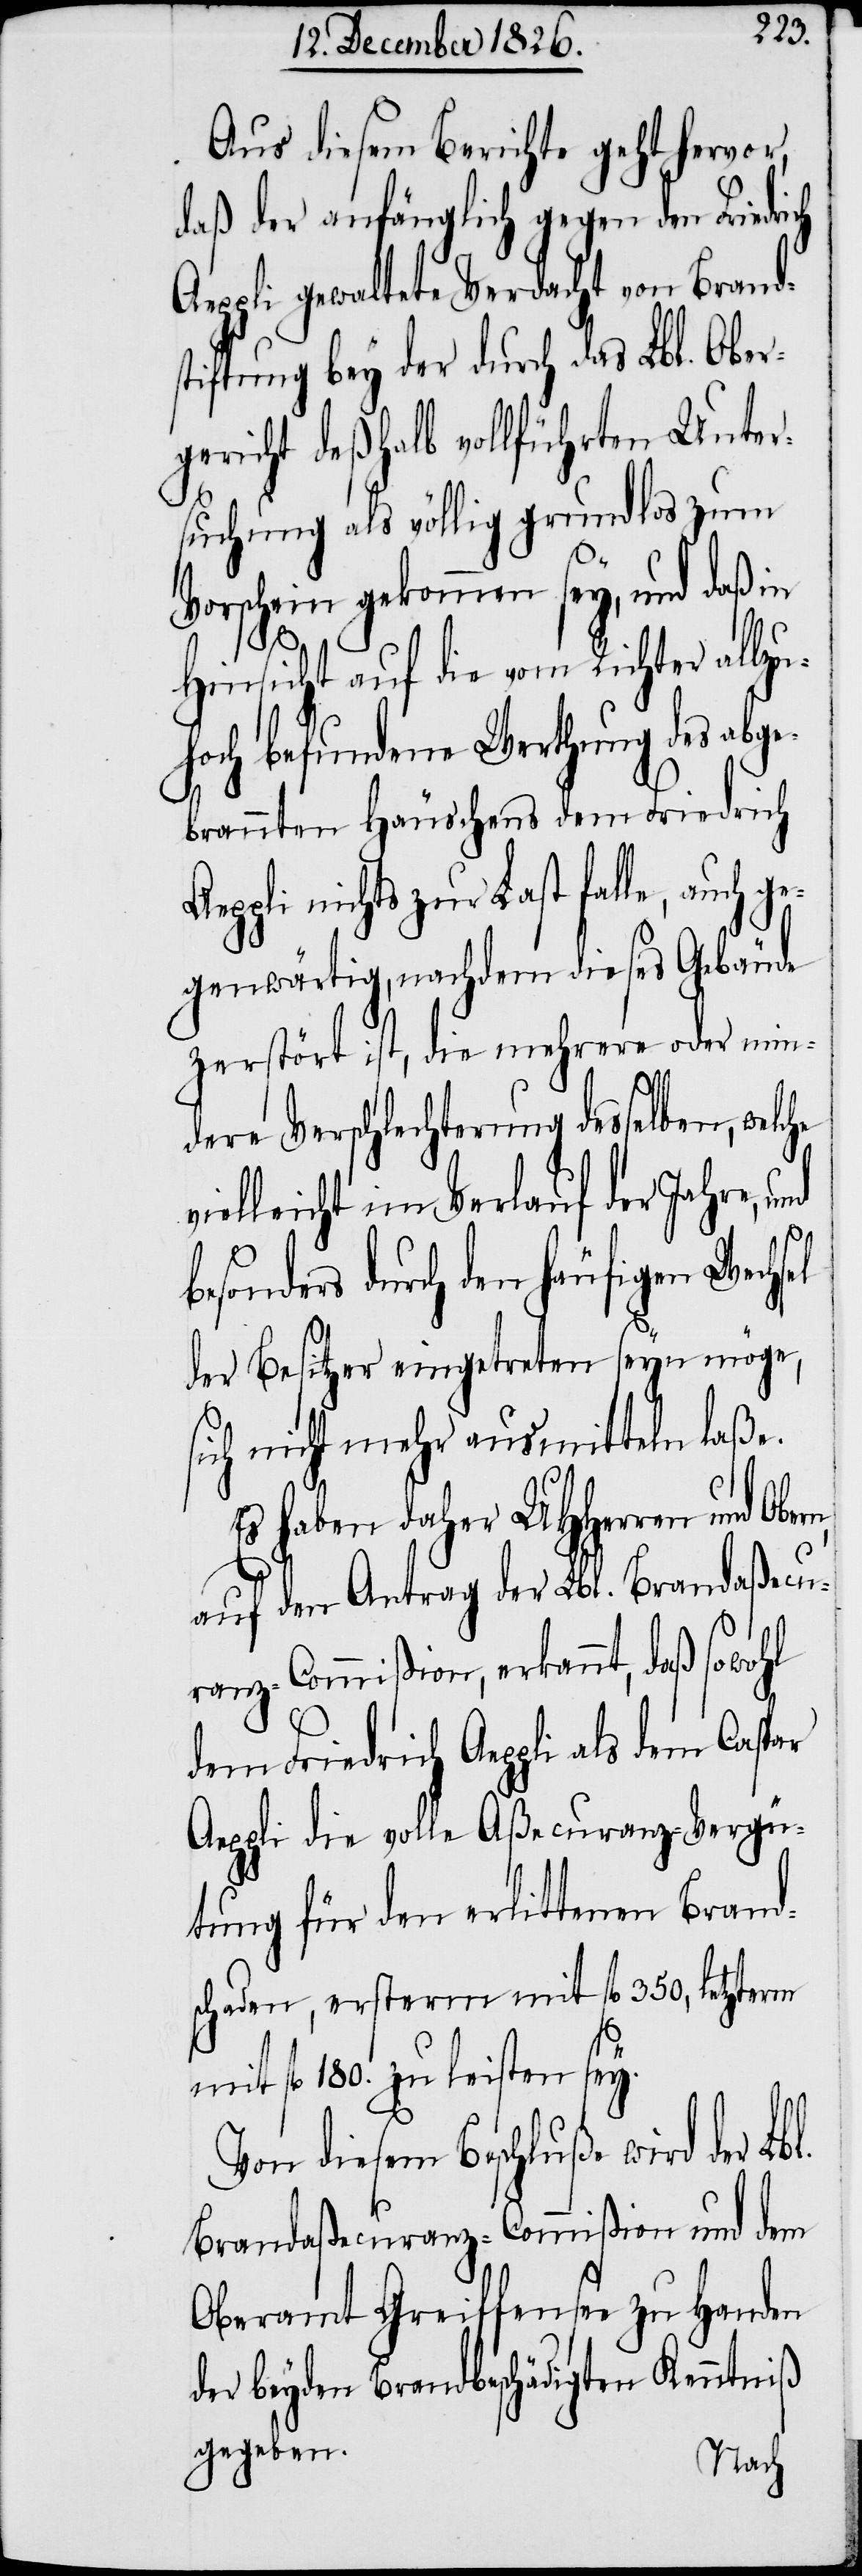
l.
Aus diesem Berichte geht hervor,
daß der anfänglich gegen den Friedri¬
Aeppli gewaltete Verdacht von Brand¬
stiftung bey der durch das Lbl. Ober¬
gericht deßhalb vollführten Unter¬
suchung als völlig grundlos zum
Vorschein gekommen sey, und daß in
Hinsicht auf die vom Richter allzu¬
hoch befundene Werthung des abge¬
brannten Häuschens dem Friedrich
Aeppli nichts zur Last falle, auch ge¬
genwärtig, nachdem dieses Gebäude
zerstört ist, die mehrere oder min¬
dere Verschlechterung desselben,
vielleicht im Verlauf der Jahre,
durch den häufigen Wechsel
der Besitzer eingetreten seyn möge,
sich nicht mehr ausmitteln laße.
Es haben daher UHHerren und Obern
auf den Antrag der Lbl. Brandaßecu¬
ranz-Commißion, erkannt, daß sowohl
dem Friedrich Aeppli als dem
Aeppli die volle Aßecuranz-Vergü¬
tung für den erlittenen Brand¬
schaden, ersterm mit fl. 350, letzterm
fl. 180. zu leisten sey.
Von diesem Beschluße wird der Lb¬
Brandaßecuranz-Commißion und dem
Oberamt Greiffensee zu Handen
der beyden Brandbeschädigten Kenntniß
gegeben.
ch